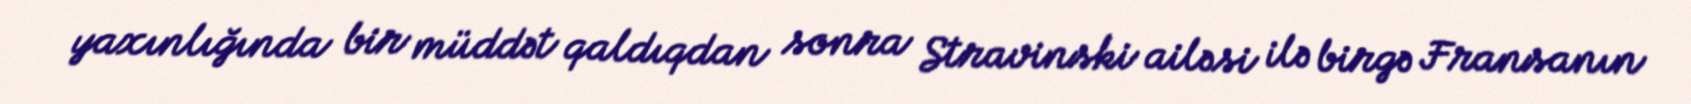
yaxınlığında bir müddət qaldıqdan sonra Stravinski ailəsi ilə birgə Fransanın